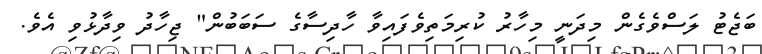
ބަޖެޓު ލަސްވެގެން މިދަނީ މިހާރު ކުރިމަތިވެފައިވާ ހާދިސާގެ ސަބަބުން" ޖިހާދު ވިދާޅުވި އެވެ.